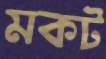
মকট